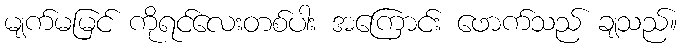
မျက်မမြင် ကိုရင်လေးတစ်ပါး အကြောင်း ဖောက်သည် ချသည်။